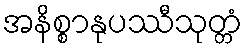
အနိစ္စာနုပဿီသုတ္တံ